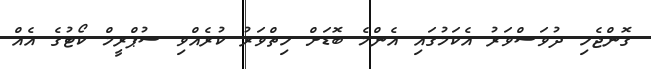
ގޮންޖެހި ދުވަސްވަރު އެކަމުގައި އެންމެ ބޮޑަށް ހިތްވަރު ކުރެއްވި ސުޕްރީމް ކޯޓުގެ އެއް